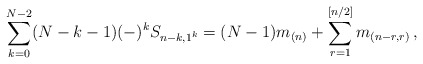
\begin{align*}\sum_{k=0}^{N-2}(N-k-1)(-)^kS_{n-k,1^k}=(N-1)m_{(n)}+\sum_{r=1}^{[n/2]}m_{(n-r,r)}\,,\end{align*}